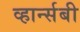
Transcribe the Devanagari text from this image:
व्हार्न्सबी